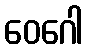
ဝေဂေါ